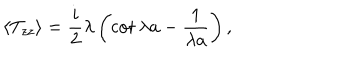
LaTeX: \langle T _ { z z } \rangle = { \frac { i } { 2 } } \lambda \left( \cot \lambda a - { \frac { 1 } { \lambda a } } \right) ,